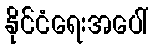
နိုင်ငံရေးအပေါ်